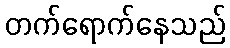
တက်ရောက်နေသည်